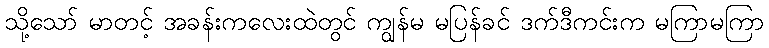
သို့သော် မာတင့် အခန်းကလေးထဲတွင် ကျွန်မ မပြန်ခင် ဒက်ဒီကင်းက မကြာမကြာ